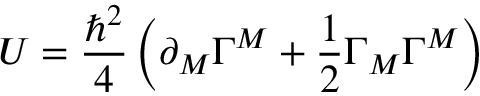
U = \frac { \hbar ^ { 2 } } { 4 } \left( \partial _ { M } \Gamma ^ { M } + \frac { 1 } { 2 } \Gamma _ { M } \Gamma ^ { M } \right)